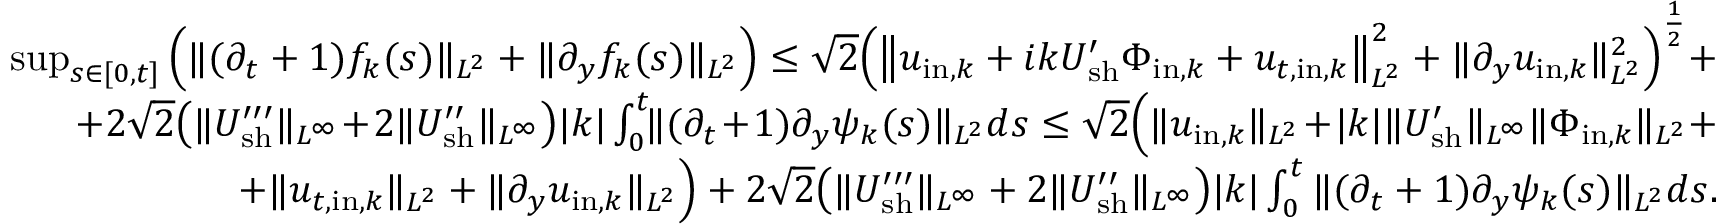
\begin{array} { r } { \operatorname* { s u p } _ { s \in [ 0 , t ] } \Big ( \| ( \partial _ { t } + 1 ) f _ { k } ( s ) \| _ { L ^ { 2 } } + \| \partial _ { y } f _ { k } ( s ) \| _ { L ^ { 2 } } \Big ) \leq \sqrt { 2 } \Big ( \big \| u _ { \mathrm { i n } , k } + i k U _ { \mathrm { s h } } ^ { \prime } \Phi _ { \mathrm { i n } , k } + u _ { t , \mathrm { i n } , k } \big \| _ { L ^ { 2 } } ^ { 2 } + \| \partial _ { y } u _ { \mathrm { i n } , k } \| _ { L ^ { 2 } } ^ { 2 } \Big ) ^ { \frac { 1 } { 2 } } + } \\ { + 2 \sqrt { 2 } \big ( \| U _ { \mathrm { s h } } ^ { \prime \prime \prime } \| _ { L ^ { \infty } } \! + \! 2 \| U _ { \mathrm { s h } } ^ { \prime \prime } \| _ { L ^ { \infty } } \big ) | k | \int _ { 0 } ^ { t } \! \! \| ( \partial _ { t } \! + \! 1 ) \partial _ { y } \psi _ { k } ( s ) \| _ { L ^ { 2 } } d s \leq \sqrt { 2 } \Big ( \| u _ { \mathrm { i n } , k } \| _ { L ^ { 2 } } \! + \! | k | \| U _ { \mathrm { s h } } ^ { \prime } \| _ { L ^ { \infty } } \| \Phi _ { \mathrm { i n } , k } \| _ { L ^ { 2 } } + } \\ { + \| u _ { t , \mathrm { i n } , k } \| _ { L ^ { 2 } } + \| \partial _ { y } u _ { \mathrm { i n } , k } \| _ { L ^ { 2 } } \Big ) + 2 \sqrt { 2 } \big ( \| U _ { \mathrm { s h } } ^ { \prime \prime \prime } \| _ { L ^ { \infty } } + 2 \| U _ { \mathrm { s h } } ^ { \prime \prime } \| _ { L ^ { \infty } } \big ) | k | \int _ { 0 } ^ { t } \| ( \partial _ { t } + 1 ) \partial _ { y } \psi _ { k } ( s ) \| _ { L ^ { 2 } } d s . } \end{array}